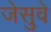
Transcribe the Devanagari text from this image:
जेसुवे